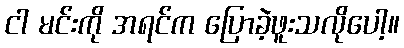
ငါ မင်းကို အရင်က ပြောခဲ့ဖူးသလိုပေါ့။